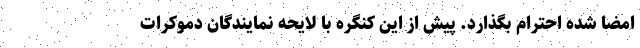
امضا شده احترام بگذارد. پیش از این کنگره با لایحه نمایندگان دموکرات